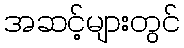
အဆင့်များတွင်